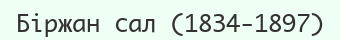
Біржан сал (1834-1897)